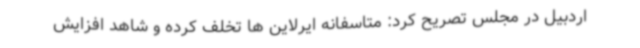
اردبیل در مجلس تصریح کرد: متاسفانه ایرلاین ها تخلف کرده و شاهد افزایش